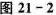
图21-2